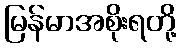
မြန်မာအစိုးရတို့